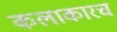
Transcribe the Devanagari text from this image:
कलाकारच